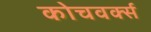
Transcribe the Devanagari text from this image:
कोचवर्क्स